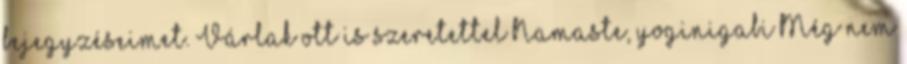
bejegyzéseimet. Várlak ott is szeretettel Namaste, yoginigabi Még nem